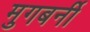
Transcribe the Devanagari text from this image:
मुगबर्नी